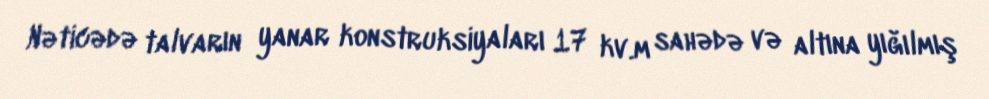
Nəticədə talvarın yanar konstruksiyaları 17 kv.m sahədə və altına yığılmış